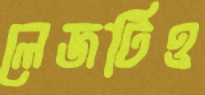
লেজটিও